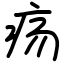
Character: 疡